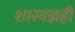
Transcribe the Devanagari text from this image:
शास्त्रज्ञही